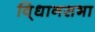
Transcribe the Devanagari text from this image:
वि्धानसभा